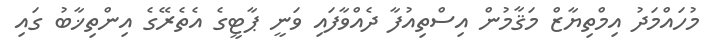
މުހައްމަދު އިމްތިޔާޒް މަޤާމުން އިސްތިއުފާ ދެއްވާފައި ވަނީ ޕާޓީގެ އެތެރޭގެ އިންތިޚާބު ގައި